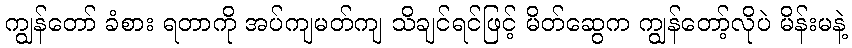
ကျွန်တော် ခံစား ရတာကို အပ်ကျမတ်ကျ သိချင်ရင်ဖြင့် မိတ်ဆွေက ကျွန်တော့်လိုပဲ မိန်းမနဲ့